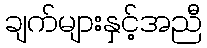
ချက်များနှင့်အညီ